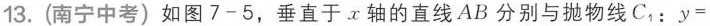
13.(南宁中考)如图7-5，垂直于x轴的直线AB分别与抛物线C_{1}：y=